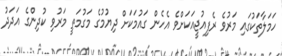
ހަމަލާތަކުގައި މަރުވެ ރެފިއުޖީއަކަށްވެ އެހެން ގައުމަކަށް ދިޔުމުގެ މަގުމަތީ މަރުވި ކުދިންގެ އަދަދު